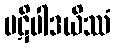
ပဋိပါဒယိဿံ